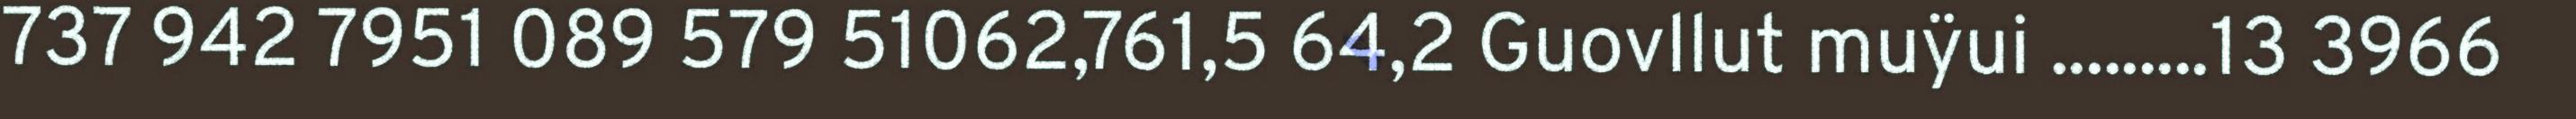
737 942 7951 089 579 51062,761,5 64,2 Guovllut muÿui .........13 3966